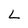
Character: L